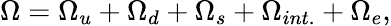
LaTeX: \Omega=\Omega_{u}+\Omega_{d}+\Omega_{s}+\Omega_{int.}+\Omega_{e},